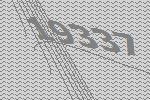
19337